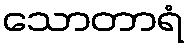
သောတာရံ